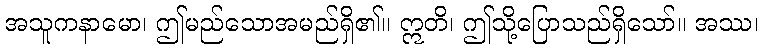
အသူကနာမော၊ ဤမည်သောအမည်ရှိ၏။ ဣတိ၊ ဤသို့ပြောသည်ရှိသော်။ အဿ၊